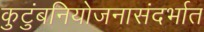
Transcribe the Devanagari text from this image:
कुटुंबनियोजनासंदर्भात